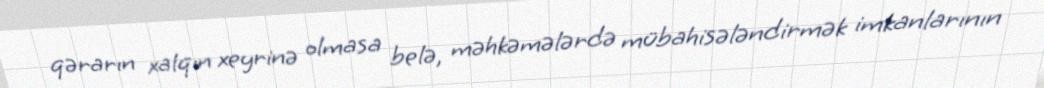
qərarın xalqın xeyrinə olmasa belə, məhkəmələrdə mübahisələndirmək imkanlarının